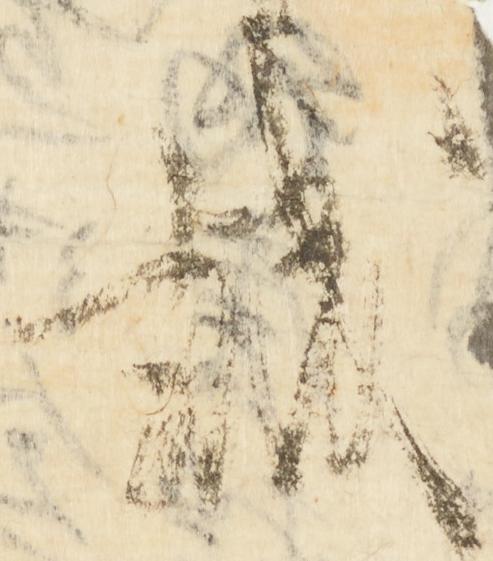
誠